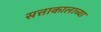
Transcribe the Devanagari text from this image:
सत्ताकालाच्या